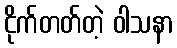
ငိုက်တတ်တဲ့ ဝါသနာ